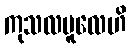
ကုသလမူလေဟိ